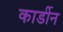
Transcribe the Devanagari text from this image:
कार्डीन